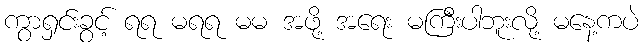
ကွာရှင်းခွင့် ရရ မရရ မမ အဖို့ အရေး မကြီးပါဘူးလို့ မနေ့ကပဲ